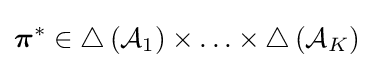
{\boldsymbol {\pi }}^{*}\in \triangle \left({\mathcal {A}}_{1}\right)\times \ldots \times \triangle \left({\mathcal {A}}_{K}\right)